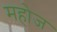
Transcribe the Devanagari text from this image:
महोज